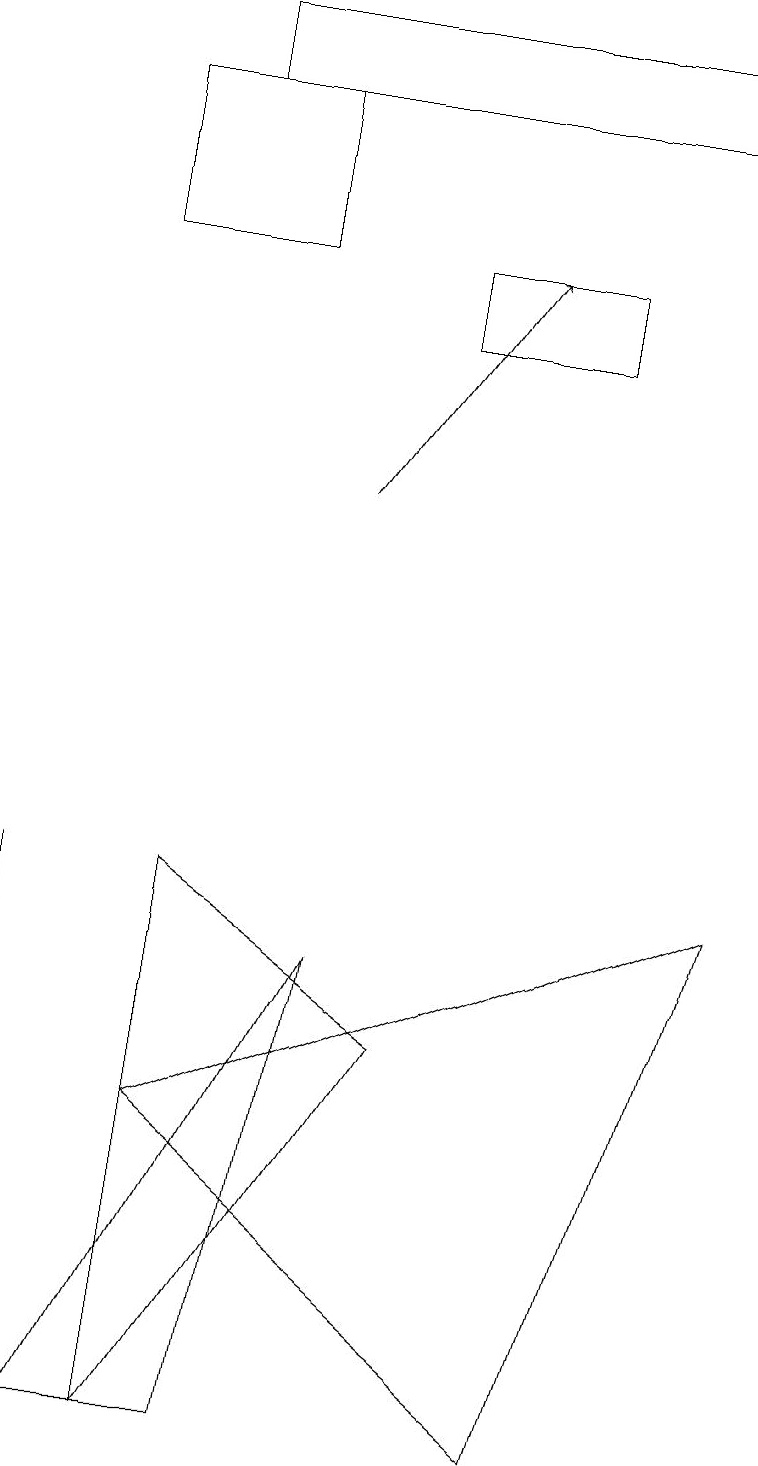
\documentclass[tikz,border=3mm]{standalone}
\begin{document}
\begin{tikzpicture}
\draw (3,18) rectangle (1,16);
\draw (5,16) rectangle (7,15);
\draw (2,18) rectangle (9,19);
\draw (0,8) -- (0,6) -- (0,1) -- cycle;
\draw (2,1) -- (2,8) -- (5,6) -- cycle;
\draw (9,8) -- (2,5) -- (7,1) -- cycle;
\draw (1,1) -- (3,1) -- (4,7) -- cycle;
\draw[->] (4,13) -- (6,16);
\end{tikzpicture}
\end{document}